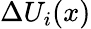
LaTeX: \Delta U_{i}(x)